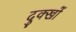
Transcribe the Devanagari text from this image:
दुक्खों